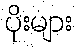
ပိုးများ